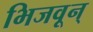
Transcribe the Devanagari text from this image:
भिजवून्